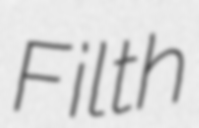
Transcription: Filth